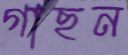
গাছন